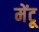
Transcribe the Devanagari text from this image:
मेंटू